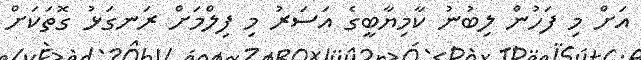
އަށް މި ފަހުން ލިބުނު ކާމިޔާބީގެ އަސަރު މި ފިލްމަށް ރަނގަޅު ގޮތަކަށް